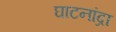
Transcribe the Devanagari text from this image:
घाटनांद्रा